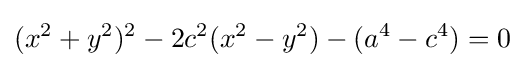
(x^{2}+y^{2})^{2}-2c^{2}(x^{2}-y^{2})-(a^{4}-c^{4})=0